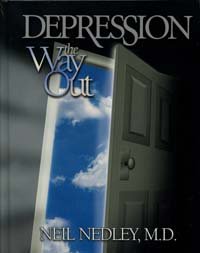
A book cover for Depression: The Way Out; Neil Nedley; Health, Fitness & Dieting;